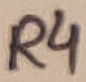
Text: R4